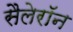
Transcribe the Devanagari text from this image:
सैलेरॉन